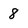
Character: 8